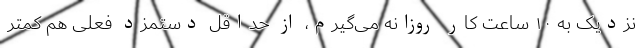
نزدیک به ۱۰ ساعت کار روزانه می‌گیرم، از حداقل دستمزد فعلی هم کمتر